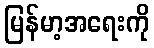
မြန်မာ့အရေးကို